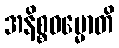
အနိစ္စဓမ္မောတိ